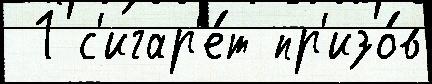
 1 с'игар'е́т пр'изо́в